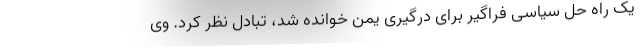
یک راه حل سیاسی فراگیر برای درگیری یمن خوانده شد، تبادل نظر کرد. وی